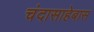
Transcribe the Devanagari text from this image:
चंदासाहेबास